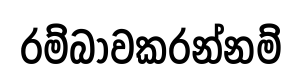
රම්බාවකරන්නම්